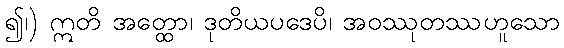
၍၊) ဣတိ အတ္ထော၊ ဒုတိယပဒေပိ၊ အဝဿုတဿဟူသော